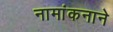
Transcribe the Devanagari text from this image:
नामांकनाने